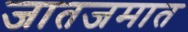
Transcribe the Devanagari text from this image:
जातजमात